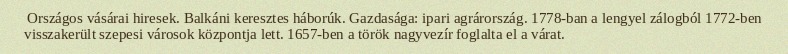
Országos vásárai hiresek. Balkáni keresztes háborúk. Gazdasága: ipari agrárország. 1778-ban a lengyel zálogból 1772-ben visszakerült szepesi városok központja lett. 1657-ben a török nagyvezír foglalta el a várat.